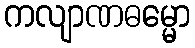
ကလျာဏဓမ္မော